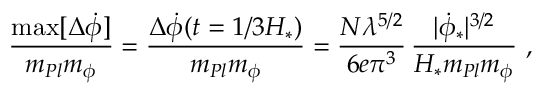
\frac { \mathrm { m a x } [ \Delta \dot { \phi } ] } { m _ { P l } m _ { \phi } } = \frac { \Delta \dot { \phi } ( t = 1 / 3 H _ { * } ) } { m _ { P l } m _ { \phi } } = \frac { N \lambda ^ { 5 / 2 } } { 6 e \pi ^ { 3 } } \, \frac { | \dot { \phi } _ { * } | ^ { 3 / 2 } } { H _ { * } m _ { P l } m _ { \phi } } \ ,